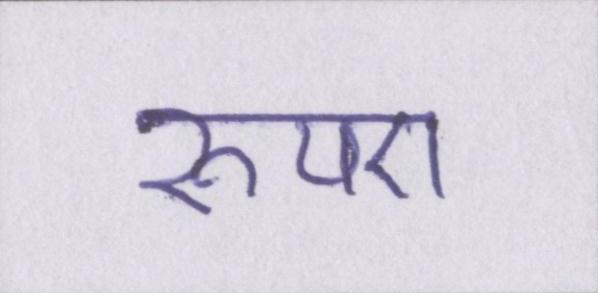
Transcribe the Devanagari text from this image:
रुपए